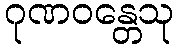
ဂုဏဝန္တေသု